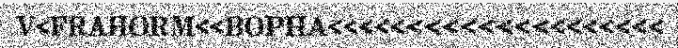
V<FRAHORM<<BOPHA<<<<<<<<<<<<<<<<<<<<